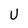
Character: u